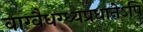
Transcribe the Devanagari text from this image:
वाग्वैधग्ध्यप्रधानेऽपि